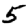
Digit: 5